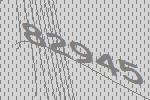
82945